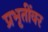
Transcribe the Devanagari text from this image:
प्रभृतींवर